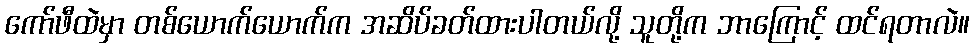
ကော်ဖီထဲမှာ တစ်ယောက်ယောက်က အဆိပ်ခတ်ထားပါတယ်လို့ သူတို့က ဘာကြောင့် ထင်ရတာလဲ။